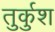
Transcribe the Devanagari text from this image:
तुर्कुश